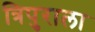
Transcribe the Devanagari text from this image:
त्रिपुराला